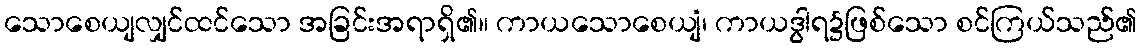
သောစေယျလျှင်ထင်သော အခြင်းအရာရှိ၏။ ကာယသောစေယျံ၊ ကာယဒွါရ၌ဖြစ်သော စင်ကြယ်သည်၏